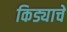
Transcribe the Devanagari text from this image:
किड्याचे